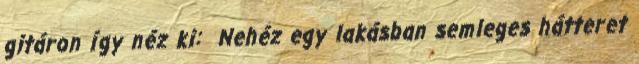
gitáron így néz ki: Nehéz egy lakásban semleges hátteret